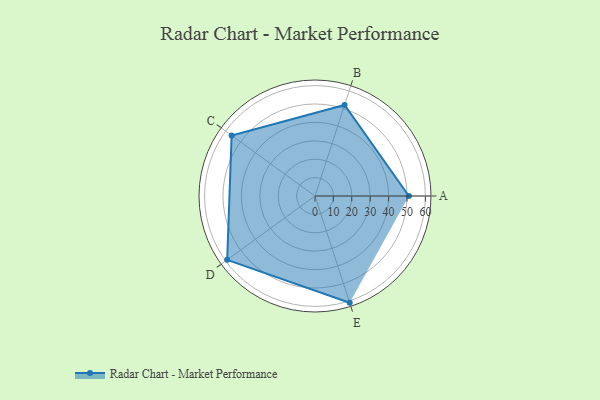
{"axis": {"x": "Skill", "y": "Score"}, "legend": ["Profile"], "data": [{"x": "A", "y": 51.0, "type": "Profile"}, {"x": "B", "y": 52.0, "type": "Profile"}, {"x": "C", "y": 56.0, "type": "Profile"}, {"x": "D", "y": 59.0, "type": "Profile"}, {"x": "E", "y": 61.0, "type": "Profile"}]}